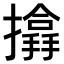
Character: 𢷨